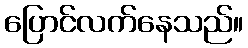
ပြောင်လက်နေသည်။